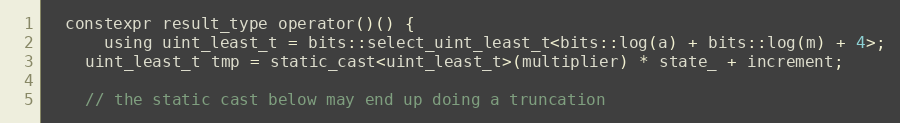
Language: C
  constexpr result_type operator()() {
	  using uint_least_t = bits::select_uint_least_t<bits::log(a) + bits::log(m) + 4>;
    uint_least_t tmp = static_cast<uint_least_t>(multiplier) * state_ + increment;

    // the static cast below may end up doing a truncation